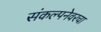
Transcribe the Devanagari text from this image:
संकल्पनेवरचा